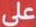
على